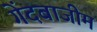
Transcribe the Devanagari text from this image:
गेंदबाजीम